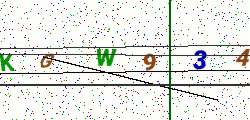
Text: KGW934